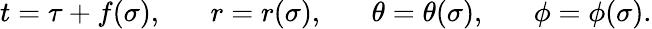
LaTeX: t=\tau+f(\sigma),\; \; \; \; \; \; r=r(\sigma),\; \; \; \; \; \; \theta=\theta(\sigma),\; \; \; \; \; \; \phi=\phi(\sigma).